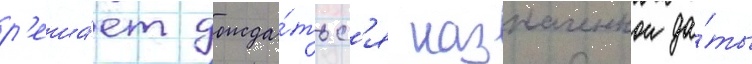
р'еша́ет дожда́тьс'я назначеннои да́ты